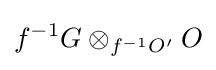
f^{-1}G\otimes _{f^{-1}O'}O